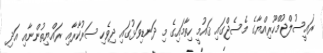
ރައީސުލްޖުމްހޫރިއްޔާގެ މެސެޖްގައި ޤައުމީ ހިތާމައިގެ މި ދަނޑިވަޅުގައި ދިވެހި ސަރުކާރާއި ރައްޔިތުންނާއި އަދި